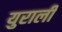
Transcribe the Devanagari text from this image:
युराली